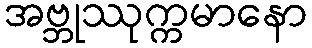
အဗ္ဘုဿုက္ကမာနော